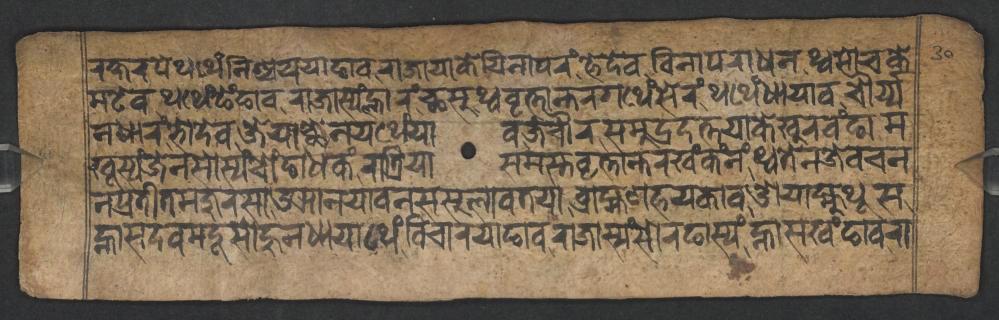
𑐬𑐎𑑂𑐲𑐬𑐥𑐾𑐠𑐠𑐾𑑄𑐣𑐶𑐱𑑂𑐔𑐫𑐫𑐵𑐒𑐵𑐰𑐬𑐵𑐖𑐵𑐫𑐵𑐎𑐾𑐫𑐶𑐣𑐵𑐥𑐬𑑄𑐴𑐾𑐡𑐾𑐰𑐰𑐶𑐣𑐵𑐥𑐬𑐵𑐢𑐣𑐠𑑂𑐰𑐩𑑀𑐔𑐎𑐾 𑐩𑐚𑐾𑐰𑐠𑐠𑐾𑑄𑐒𑐾𑑄𑐒𑐵𑐰𑐬𑐵𑐖𑐵𑐳𑑂𑐫𑑄𑐮𑑂𑐴𑐵𑐬𑑄𑐕𑐳𑐸𑐠𑑂𑐰𑐰𑐺𑐟𑑂𑐟𑐵𑐣𑑂𑐟𑐬𑐐𑐠𑐾𑑄𑐳𑐾𑐬𑑄𑐠𑐠𑐾𑑄𑐢𑐵𑐫𑐵𑐰𑐔𑑁𑐬𑑂𑐫𑑂𑐫 𑐣𑐢𑐵𑐬𑑄𑐨𑑀𑐡𑐾𑐰𑐖𑐾𑐫𑐵𑐕𑐾𑐣𑐫𑐠𑐾𑑄𑐫𑐵𑐰𑐖𑐾𑐔𑑁𑐬𑐳𑐩𑐸𑐡𑑂𑐬𑐡𑐟𑑂𑐟𑐫𑐵𑐎𑐾𑐏𑐸𑐬𑐰𑑄𑐒𑐵𑐩 𑐏𑐸𑐳𑑂𑐫𑑄𑐖𑐾𑐣𑐳𑑀𑐳𑑂𑐫𑑄𑐔𑑀𑑄𑐒𑐵𑐢𑐎𑑄𑐬𑐵𑐟𑑂𑐬𑐶𑐫𑐵𑐳𑐩𑐳𑑂𑐟𑐰𑐺𑐟𑑂𑐟𑐵𑐣𑑂𑐟𑐬𑐏𑑄𑐎𑑄𑐣𑑄𑐠𑑂𑐰𑐟𑐾𑐣𑐖𑐾𑐰𑐔𑐣 𑐥𑑂𑐬𑐟𑐷𑐟𑐩𑐖𑐸𑐬𑐳𑐵𑐄𑐗𑐵𑐣𑐫𑐵𑐰𑐣𑐳𑐳𑐸𑐮𑐵𑐰𑐟𑐫𑐵𑐧𑑂𑐬𑐵𑐴𑑂𑐩𑐞𑐴𑐫𑐎𑐵𑐰𑐌𑐫𑐵𑐩𑑂𑐴𑐸𑐠𑐹𑐳 𑐣𑑂𑐴𑐵𑐳𑐡𑐰𑐩𑐡𑐹𑐳𑑀𑐴𑐸𑐣𑐢𑐵𑐫𑐵𑐠𑐾𑑄𑐰𑐶𑐔𑐵𑐬𑐫𑐵𑐒𑐵𑐰𑐬𑐵𑐖𑐵𑐳𑑂𑐫𑑄𑐳𑑀𑐬𑐒𑐵𑐳𑑂𑐫𑑄𑐣𑑂𑐴𑐵𑐳𑐏𑑄𑐒𑐵𑐰𑐬𑐵